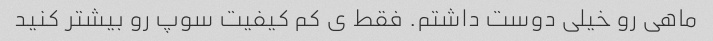
ماهی رو خیلی دوست داشتم. فقط ی کم کیفیت سوپ رو بیشتر کنید